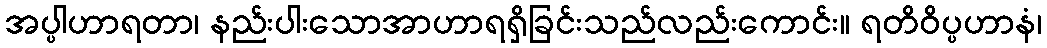
အပ္ပါဟာရတာ၊ နည်းပါးသောအာဟာရရှိခြင်းသည်လည်းကောင်း။ ရတိဝိပ္ပဟာနံ၊